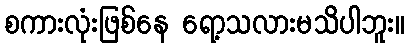
စကားလုံးဖြစ်နေ ရော့သလားမသိပါဘူး။